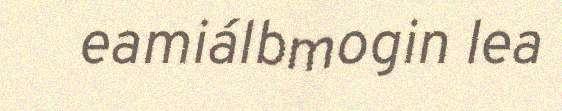
eamiálbmogin lea